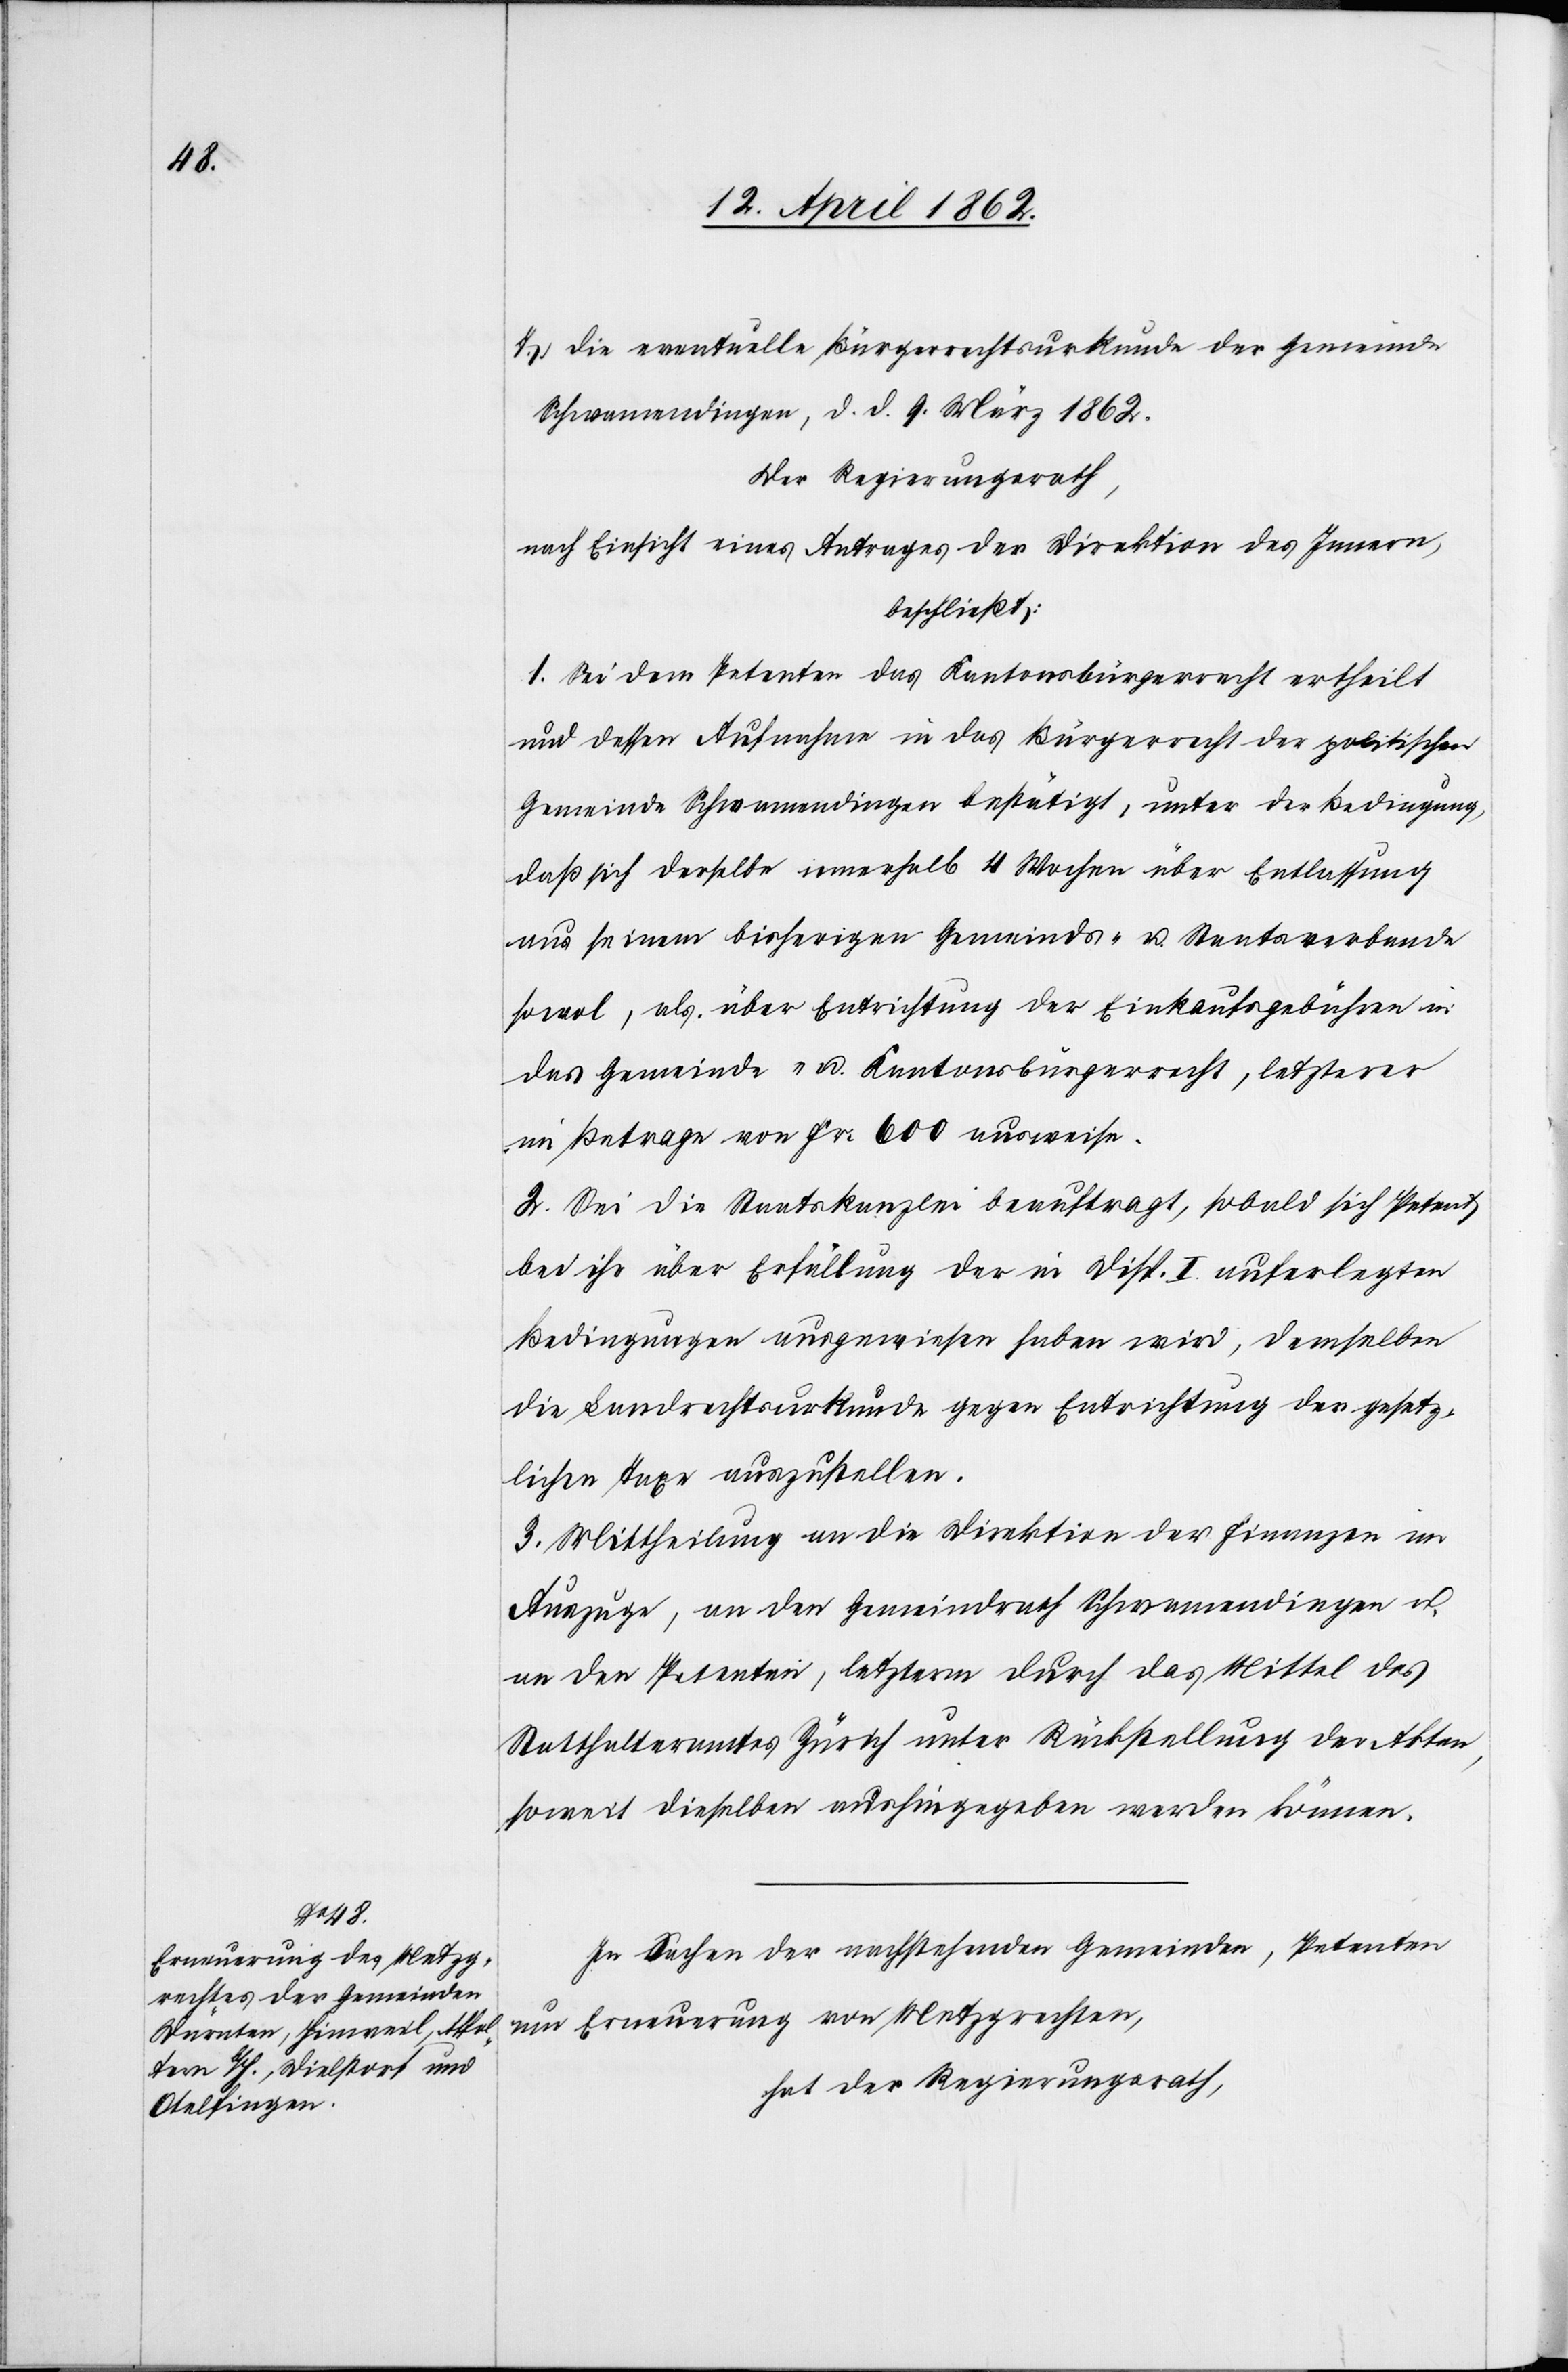
7) die eventuelle Bürgerrechtsurkunde der Gemeinde
Schwamendingen, d. d. 9. März 1862.
Der Regierungsrath,
nach Einsicht eines Antrages der Direktion des Innern;
beschließt:
1. Sei dem Petenten das Kantonsbürgerrecht ertheilt
und dessen Aufnahme in das Bürgerrecht der politischen
Gemeinde Schwamendingen bestätigt, unter der Bedingung,
daß sich derselbe innerhalb 4 Wochen über Entlassung
aus seinem bisherigen Gemeinds- u. Staatsverbande
sowol, als über Entrichtung der Einkaufsgebühren in
das Gemeinde- u. Kantonsbürgerrecht, letzterer
im Betrage von Fr. 600 ausweise.
2. Sei die Staatskanzlei beauftragt, sobald sich Petent
bei ihr über Erfüllung der in Disp. I. auferlegten
Bedingungen ausgewiesen haben wird, demselben
die Landrechtsurkunde gegen Entrichtung der gesetz¬
lichen Taxe auszustellen.
3. Mittheilung an die Direktion der Finanzen im
Auszuge, an den Gemeindrath Schwamendingen u.
an den Petenten, letzterm durch das Mittel des
Statthalteramtes Zürich unter Rückstellung der Akten,
soweit dieselben aushingegeben werden können.
In Sachen der nachstehenden Gemeinden, Petenten
um Erneuerung von Metzgrechten,
hat der Regierungsrath,